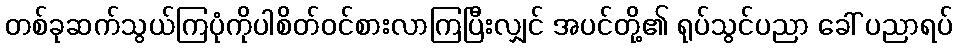
တစ်ခုဆက်သွယ်ကြပုံကိုပါစိတ်ဝင်စားလာကြပြီးလျှင် အပင်တို့၏ ရုပ်သွင်ပညာ ခေါ် ပညာရပ်